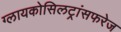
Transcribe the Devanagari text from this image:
ग्लायकोसिलट्रांसफरेज